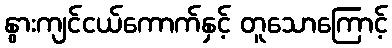
နွားကျင်ငယ်ကောက်နှင့် တူသောကြောင့်